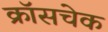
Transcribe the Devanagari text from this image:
क्रॉसचेक